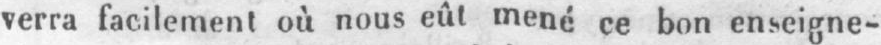
verra facilement où nous eût mené ce bon enseigne-